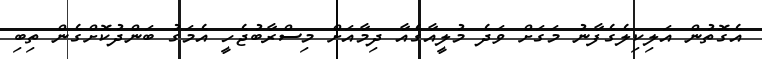
އެގޮތުން އަލިކިލެގެފާނު މަގަށް ވަދެ މުލީއާގެއާ ދިމާއަށް މިސްރާބުޖެހީ އެމަގު ބަންދުކޮށްގެން ތިބި